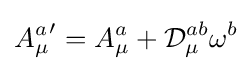
{A_{\mu }^{a}}'=A_{\mu }^{a}+{\mathcal {D}}_{\mu }^{ab}\omega ^{b}